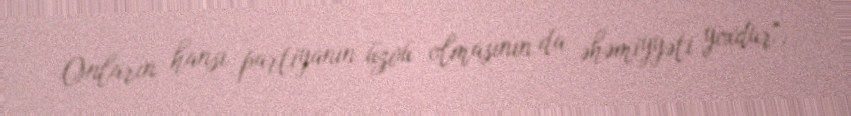
Onların hansı partiyanın üzvü olmasının da əhəmiyyəti yoxdur".